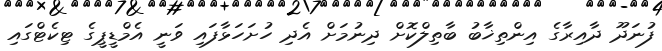
ފުނަދޫ ދާއިރާގެ އިންތިޚާބު ބާތިލްކޮށް ދިނުމަށް އެދި ހުށަހަޅާފައި ވަނީ އެމްޑީޕީގެ ޓިކެޓްގައި